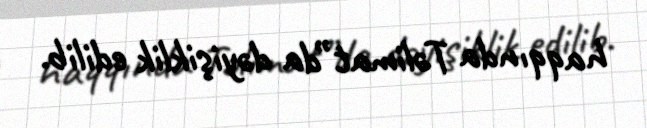
haqqında Təlimat”da dəyişiklik edilib.